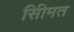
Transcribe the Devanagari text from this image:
सीिमत